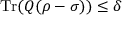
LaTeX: \operatorname { T r } ( Q ( \rho - \sigma ) ) \leq \delta